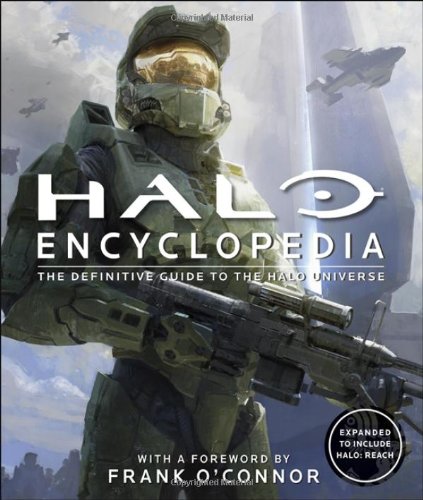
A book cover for Halo Encyclopedia: The Definitive Guide to the Halo Universe; DK Publishing; Humor & Entertainment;